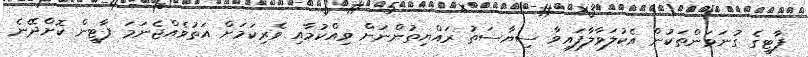
ޕާޓީގެ ގުނަވަންތަކުން އެކުލަވާލާފައިވާ ސިޔާސަތު ރައްޔިތުންނަށް ވިއްކުމާއި ވެރިކަމަށް އަތުވެއްޖެނަމަ ޕާޓީން ކޮށްދޭނެ